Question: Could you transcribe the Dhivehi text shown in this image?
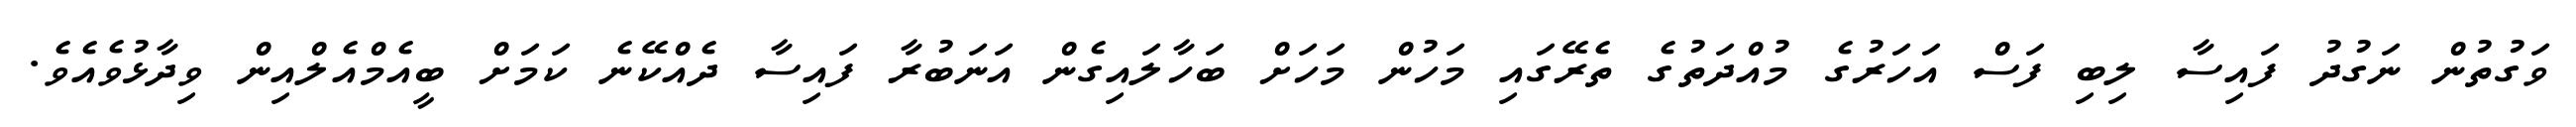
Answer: ވަގުތުން ނަގުދު ފައިސާ ލިބި ފަސް އަހަރުގެ މުއްދަތުގެ ތެރޭގައި މަހުން މަހަށް ބަހާލައިގެން އަނަބުރާ ފައިސާ ދެއްކޭނެ ކަމަށް ބީއެމްއެލްއިން ވިދާޅުވެއެވެ.